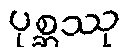
ပုစ္ဆဿု